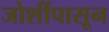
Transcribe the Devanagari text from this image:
जोशींपासून